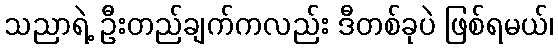
သညာရဲ့ ဦးတည်ချက်ကလည်း ဒီတစ်ခုပဲ ဖြစ်ရမယ်၊